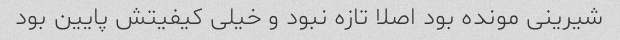
شیرینی مونده بود اصلا تازه نبود و خیلی کیفیتش پایین بود